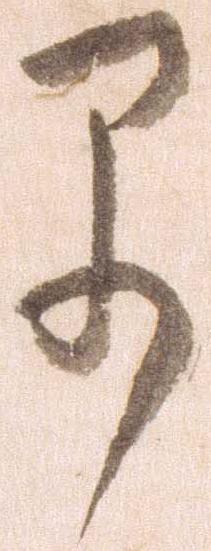
早